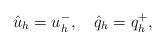
LaTeX: \begin{align*} \hat{u}_h=u_h^-,\ \ \ \hat{q}_h=q_h^+,\end{align*}